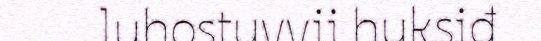
luhostuvvii huksiđ